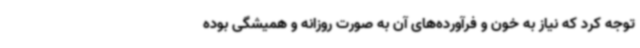
توجه کرد که نیاز به خون و فرآورده‌های آن به صورت روزانه و همیشگی بوده